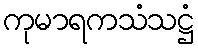
ကုမာရကသံသဋ္ဌံ